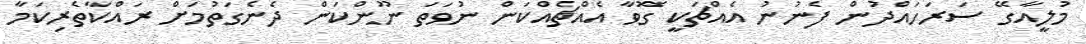
މުލީއާގޭ ސަރަހައްދުން ފެނުނު އެއްޗަކީ ގޮވާ އެއްޗެއްކަން ނުވަތަ ނޫންކަން ދެނެގަތުމަށް ރައްކާތެރިކަމާ